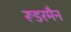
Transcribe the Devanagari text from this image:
रूडरमैन